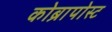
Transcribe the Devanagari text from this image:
कोब्रापोस्ट